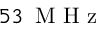
5 3 \ensuremath { \, \mathrm { ~ M ~ H ~ z ~ } }